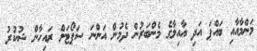
މަންމާއާއި ބައްޕަ އަދި އާއިލާގެ މެންބަރުން ދެމުން އަންނަ ސަޕޯޓަށް ރައިހާން ޝުކުރު